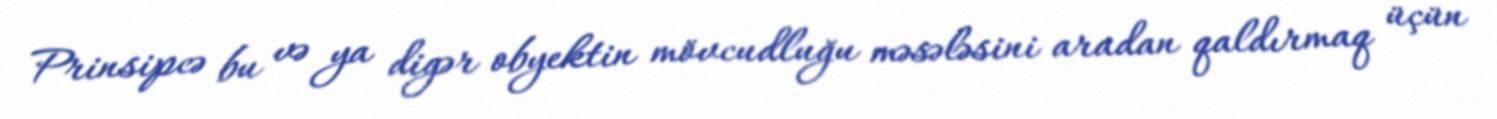
Prinsipcə bu və ya digər obyektin mövcudluğu məsələsini aradan qaldırmaq üçün